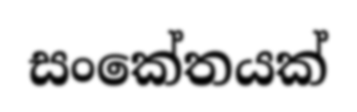
සංකේතයක්